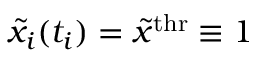
{ \tilde { x } } _ { i } ( t _ { i } ) = { \tilde { x } } ^ { \mathrm { t h r } } \equiv 1